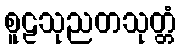
စူဠသုညတသုတ္တံ